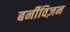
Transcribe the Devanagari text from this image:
बर्नीविज़न